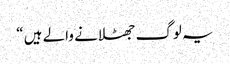
یہ لوگ جھٹلانے والے ہیں “